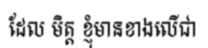
ដែល មិត្ត ខ្ញុំមានខាងលើជា